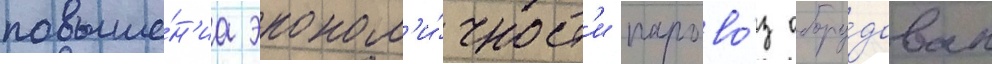
повыше́н'иа эконом'и́чност'и парово́з обору́дован